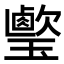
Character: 𤪎